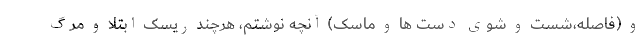
و (فاصله،شست و شوی دست ها و ماسک) آنچه نوشتم، هرچند ریسک ابتلا و مرگ